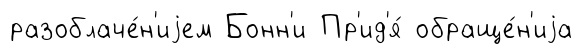
разоблаче́н'иjем Бонн'и Пр'ид'я́ обраще́н'иjа